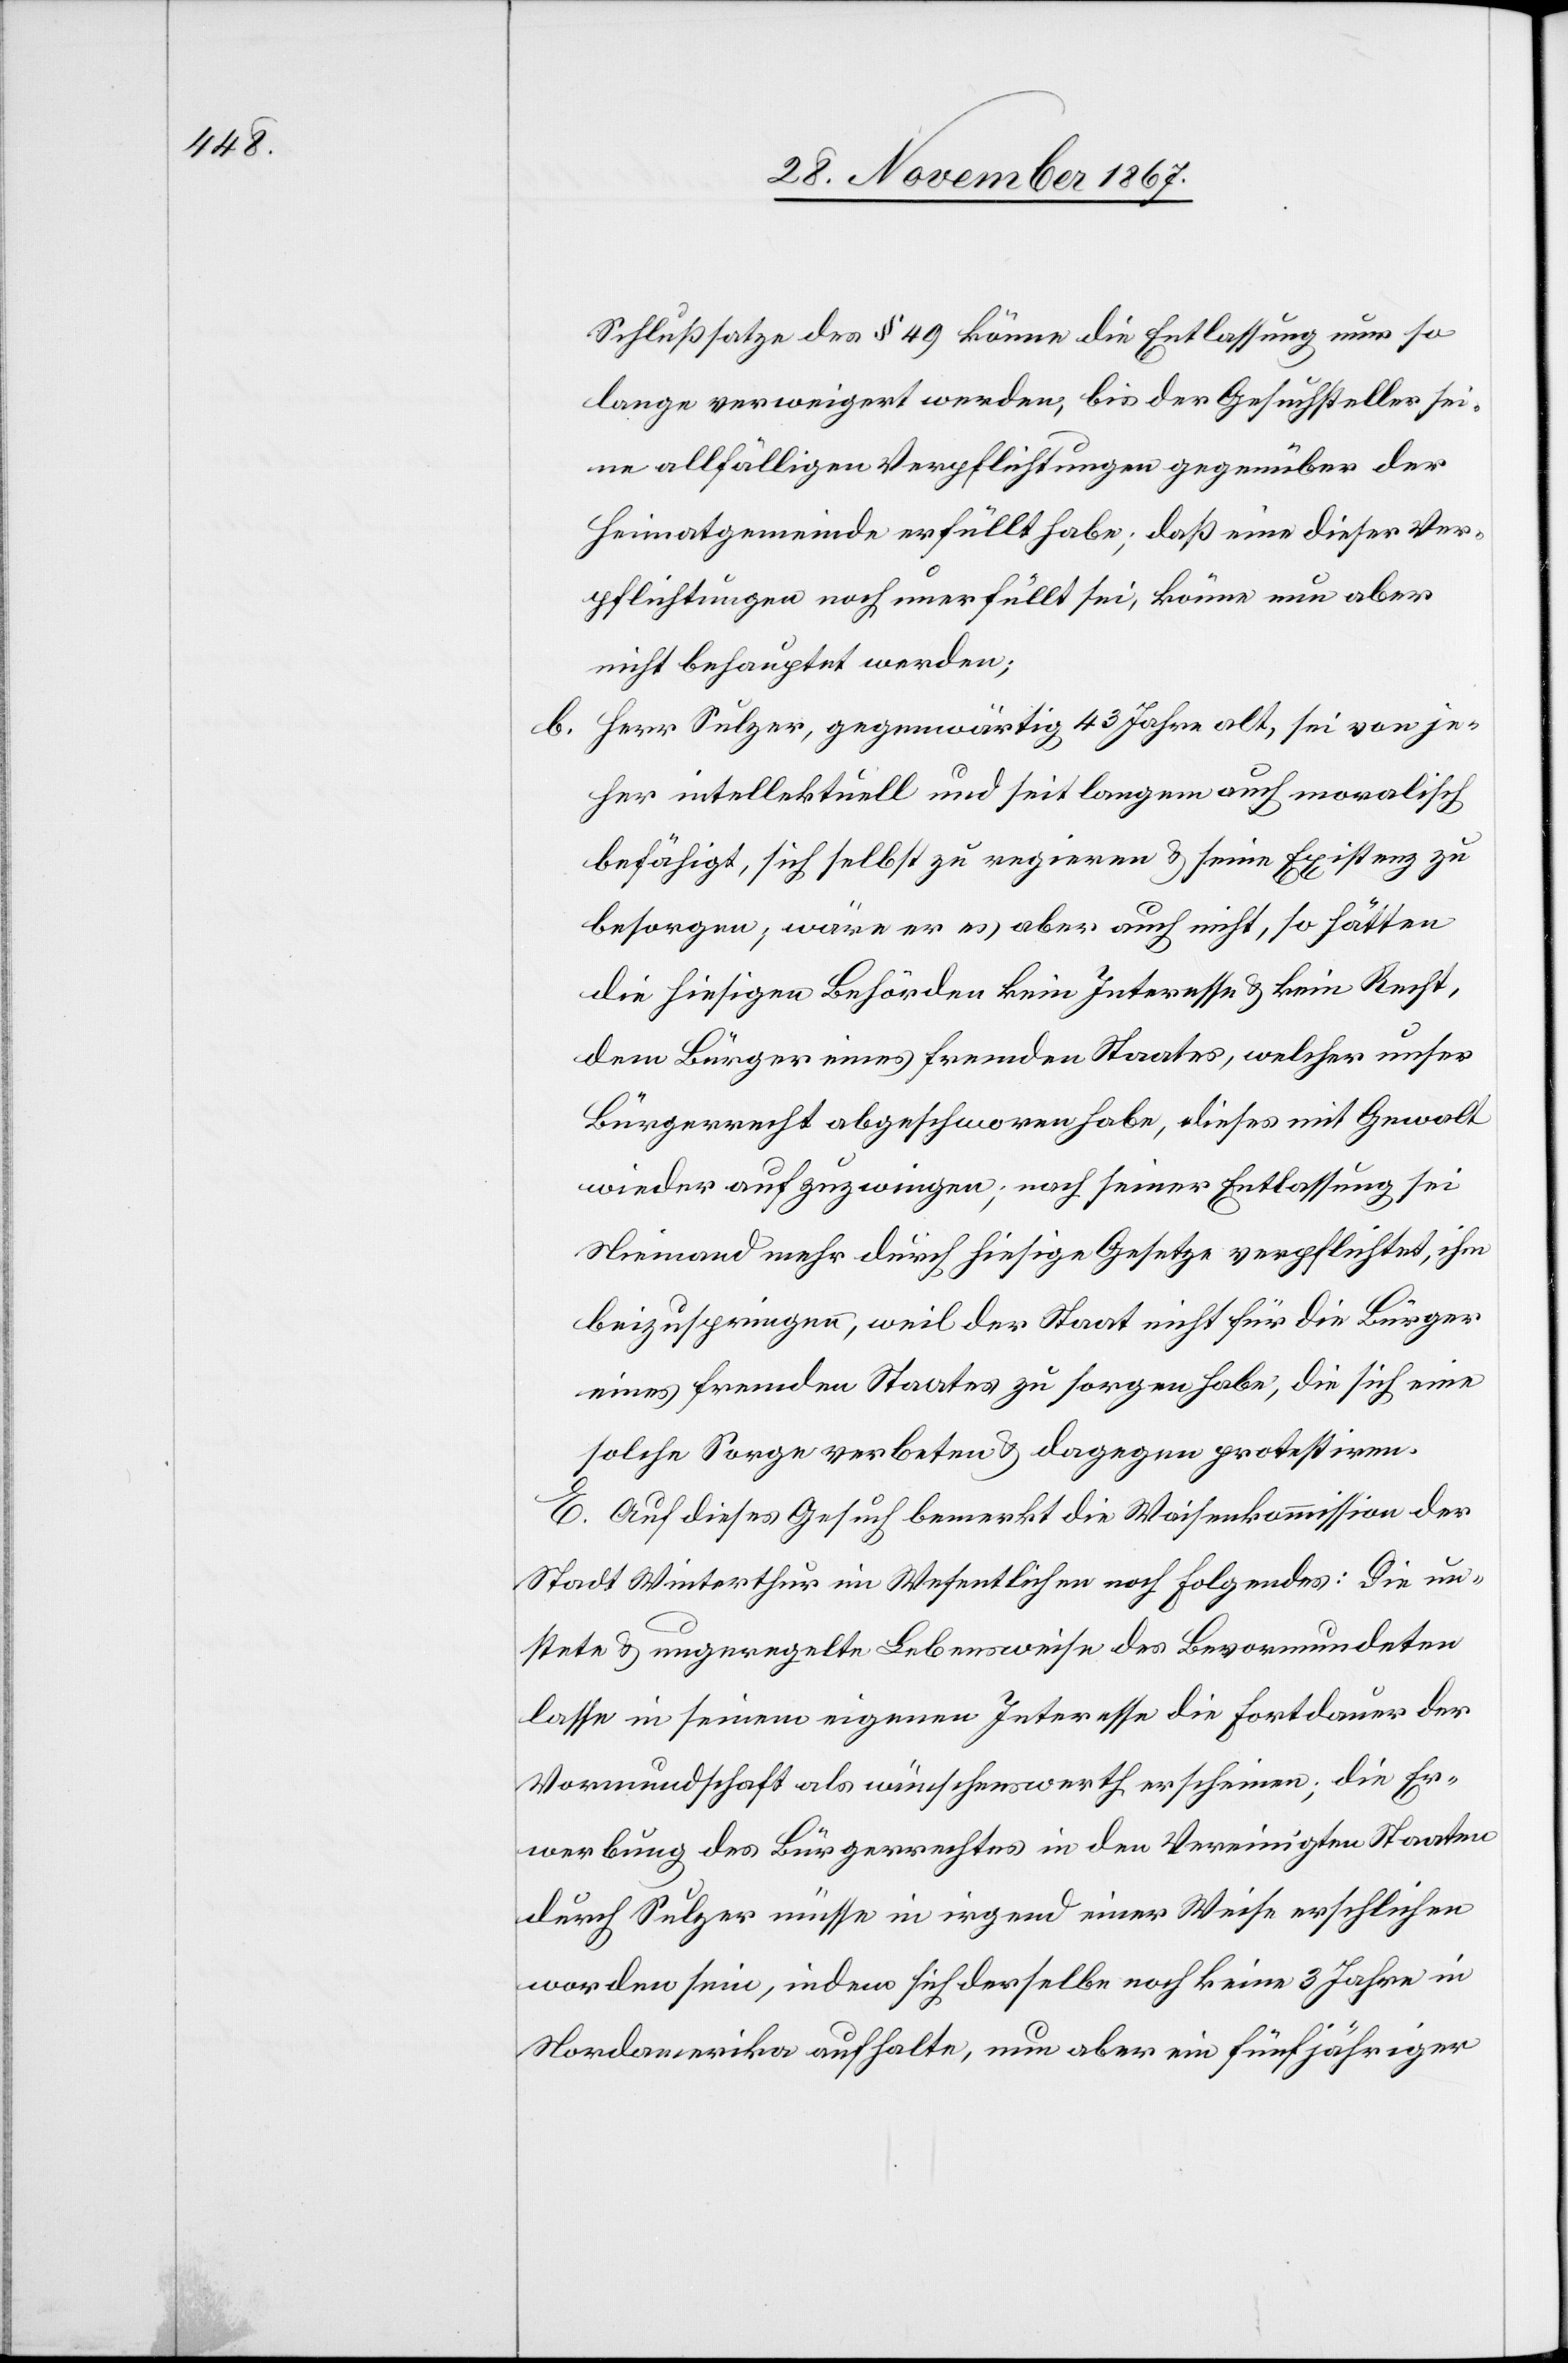
b.

Schlußsatze des § 49 könne die Entlassung nur so
lange verweigert werden, bis der Gesuchsteller sei¬
ne allfälligen Verpflichtungen gegenüber der
Heimatgemeinde erfüllt habe; daß eine dieser Ver¬
pflichtungen noch unerfüllt sei, könne nun aber
nicht behauptet werden;
Herr Sulzer, gegenwärtig 43 Jahre alt, sei vor je¬
her intellektuell und seit langem auch moralisch
befähigt, sich selbst zu regieren u. seine Existenz zu
besorgen; wäre er es aber auch nicht, so hätten
die hiesigen Behörden kein Interesse u. kein Recht,
dem Bürger eines fremden Staates, welcher unser
Bürgerrecht abgeschworen habe, dieses mit Gewalt
wieder aufzuzwingen; nach seiner Entlassung sei
Niemand mehr durch hiesige Gesetze verpflichtet, ihm
beizuspringen, weil der Staat nicht für die Bürger
eines fremden Staates zu sorgen haben, die sich eine
solche Sorge verbeten u. dagegen protestiren.
E. Auf dieses Gesuch bemerkt die Waisenkommission der
Stadt Winterthur im Wesentlichen noch Folgendes: Die un¬
stete u. ungeregelte Lebensweise des Bevormundeten
lasse in seinem eigenen Interesse die Fortdauer der
Vormundschaft als wünschenswerth erscheinen; die Er¬
werbung des Bürgerrechtes in den Vereinigten Staaten
durch Sulzer müsse in irgend einer Weise erschlichen
worden sein, indem sich derselbe noch keine 3 Jahre in
Nordamerika aufhalte, nun aber ein fünfjähriger